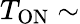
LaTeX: T_{\mathrm{ON}}\sim